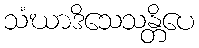
သံဃာဒိသေသန္တိပေ